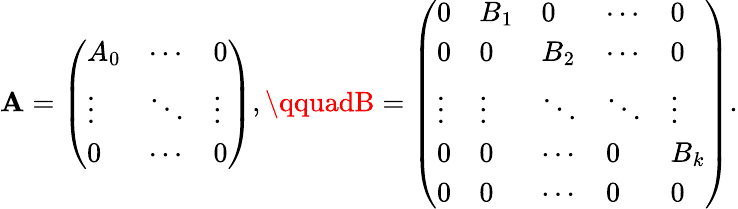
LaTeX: \mathbf{A}=\left(\begin{array}{lll}{A_{0}}&{\cdots}&{0}\\ {\vdots}&{\ddots}&{\vdots}\\ {0}&{\cdots}&{0}\end{array}\right),\qquadB=\left(\begin{array}{lllll}{0}&{B_{1}}&{0}&{\cdots}&{0}\\ {0}&{0}&{B_{2}}&{\cdots}&{0}\\ {\vdots}&{\vdots}&{\ddots}&{\ddots}&{\vdots}\\ {0}&{0}&{\cdots}&{0}&{B_{k}}\\ {0}&{0}&{\cdots}&{0}&{0}\end{array}\right).